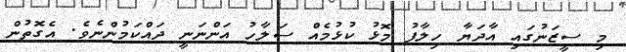
މި ސީޒަނުގައި އާދަޔާ ހިލާފު މޮޅު ކުޅުމެއް ސަލާހު އަންނަނީ ދައްކަމުންނެވެ. އެގޮތުން